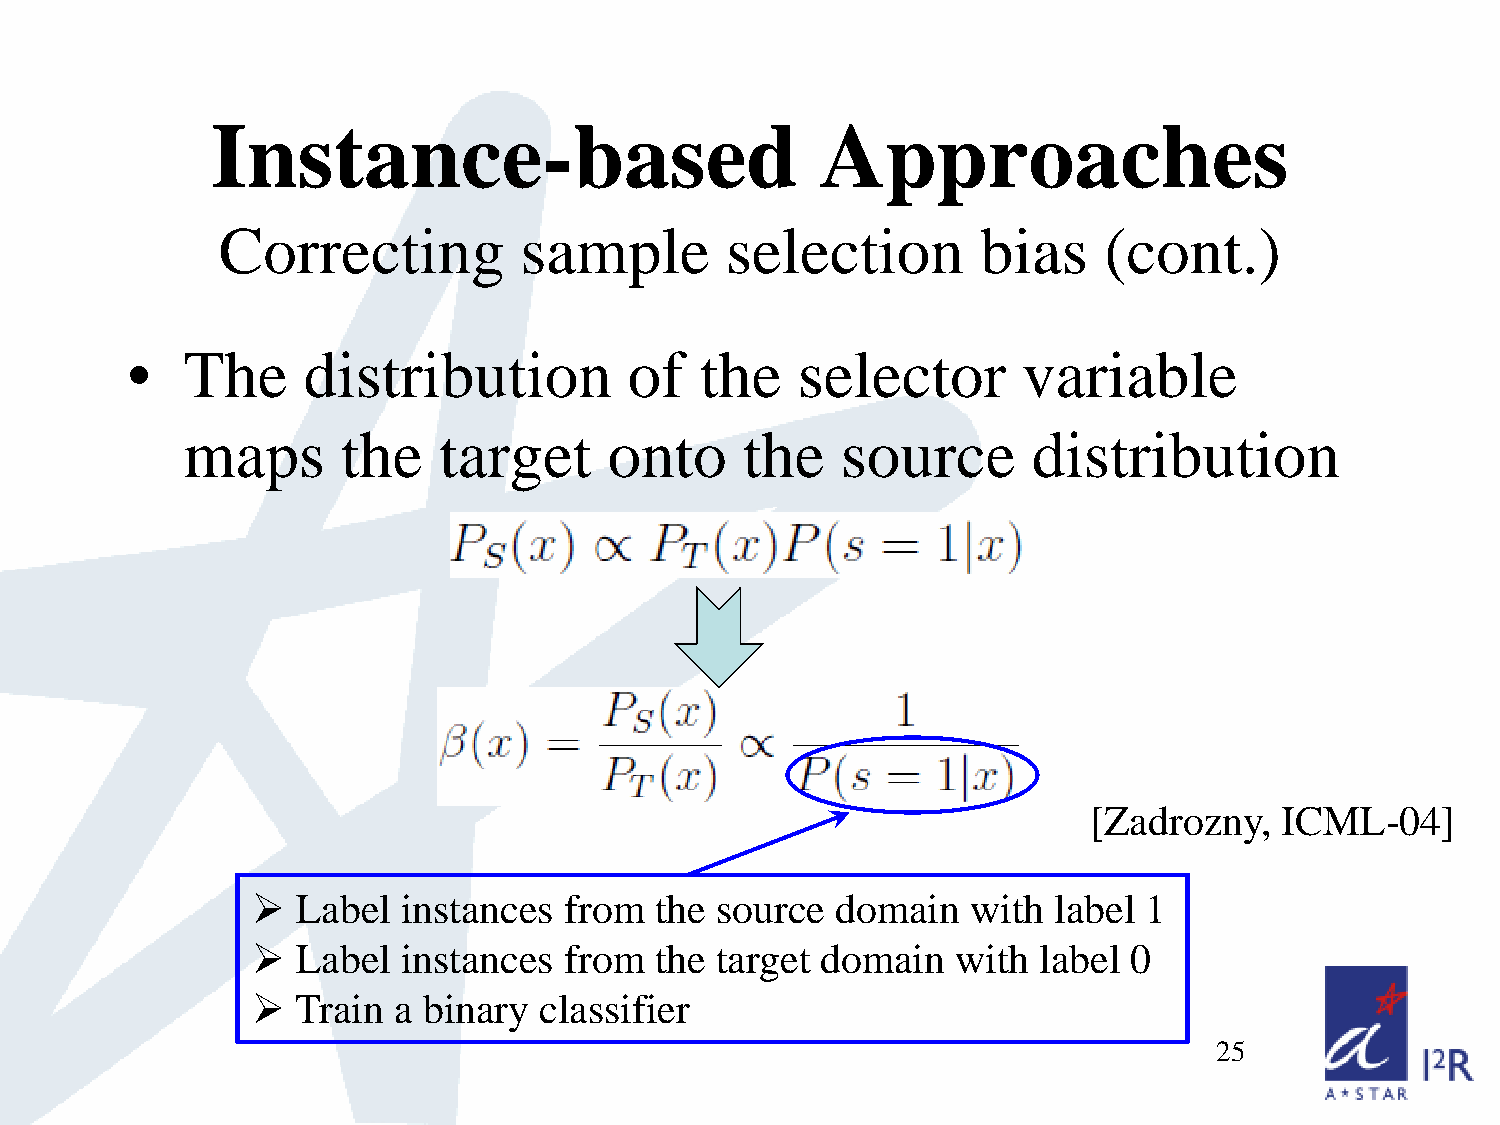
Instance-based                          Approaches
 Correcting          sample        selection        bias    (cont.)
 •   The     distribution          of  the    selector       variable
 maps       the   target     onto     the    source      distribution
 [Zadrozny,   ICML-04]
   Label  instances from  the source  domain   with  label 1
   Label  instances from  the target domain   with  label 0
   Train a binary  classifier
 25